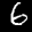
Label: 6